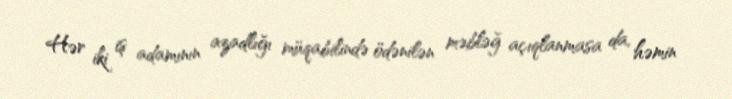
Hər iki iş adamının azadlığı müqabilində ödənilən məbləğ açıqlanmasa da, həmin